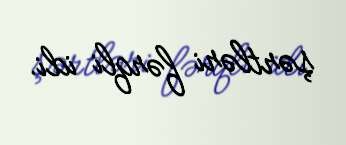
şərtləri fərqli idi.